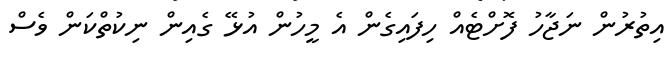
އިތުރުން ނަޖާހު ފޮށްޓެއް ހިފައިގެން އެ މީހުން އުޅޭ ގެއިން ނިކުތްކަން ވެސް